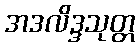
အဒလိဒ္ဒသုတ္တ